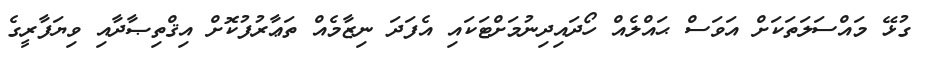
ގުޅޭ މައްސަލަތަކަށް އަވަސް ޙައްލެއް ހޯދައިދިނުމަށްޓަކައި އެފަދަ ނިޒާމެއް ތަޢާރުފުކޮށް އިޤްތިޞާދާއި ވިޔަފާރީގެ